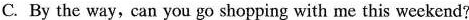
C. By the way,can you go shopping with me this weekend?